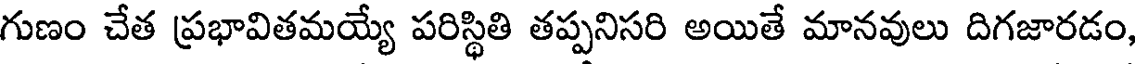
గుణం చేత ప్రభావితమయ్యే పరిస్థితి తప్పనిసరి అయితే మానవులు దిగజారడం,